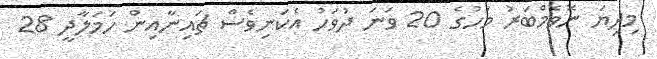
މިދިޔަ ނޮވެމްބަރު މަހުގެ 20 ވަނަ ދުވަހު އެކަނިވެސް ޗައިނާއިން ހަމަލާދީ 28